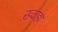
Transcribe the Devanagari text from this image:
ख़्वाहा